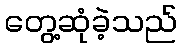
တွေ့ဆုံခဲ့သည်